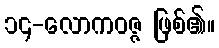
၁၄-လောကဝဇ္ဇ ဖြစ်၏။